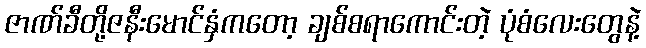
ဇာဏ်ခီတို့ဇနီးမောင်နှံကတော့ ချစ်စရာကောင်းတဲ့ ပုံစံလေးတွေနဲ့